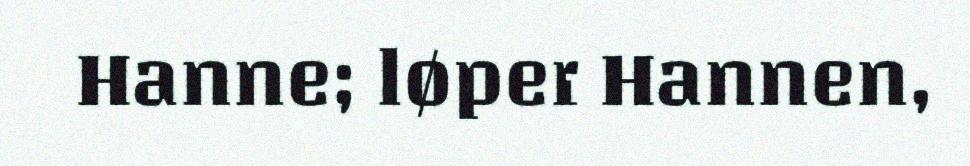
Hanne; løper Hannen,